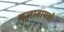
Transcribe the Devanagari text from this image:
बजावायची